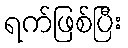
ရက်ဖြစ်ပြီး